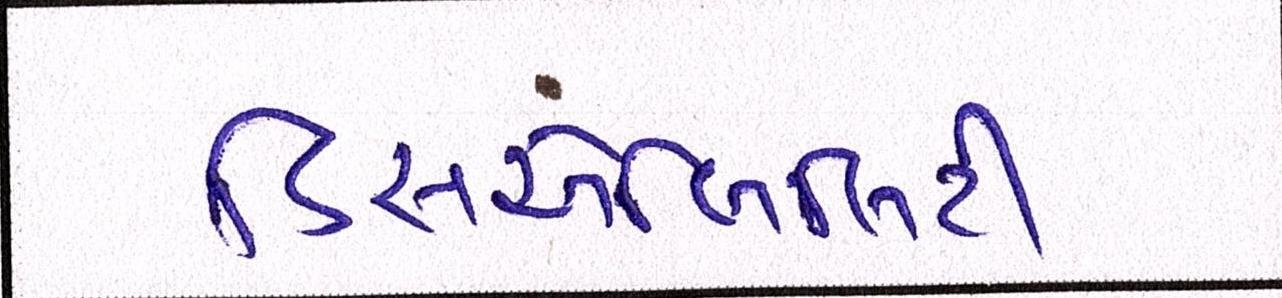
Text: ડિસએબિલિટી